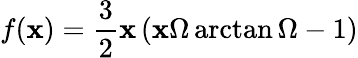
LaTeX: f(\mathbf{x})=\frac{{3}}{{2}}\mathbf{x}\left(\mathbf{x}\Omega\arctan\Omega-1\right)